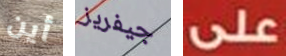
أين جيفريز على